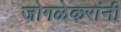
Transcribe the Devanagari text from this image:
जोगळेकरांनी